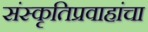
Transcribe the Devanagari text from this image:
संस्कृतिप्रवाहांचा